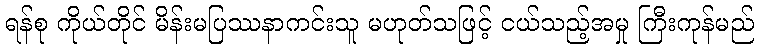
ရန်စု ကိုယ်တိုင် မိန်းမပြဿနာကင်းသူ မဟုတ်သဖြင့် ငယ်သည့်အမှု ကြီးကုန်မည်